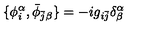
\{ \phi _ { i } ^ { \alpha } , \bar { \phi } _ { \bar { j } \beta } \} = - i g _ { i \bar { j } } \delta _ { \beta } ^ { \alpha }